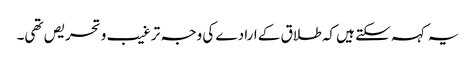
یہ کہہ سکتے ہیں کہ طلاق کے ارادے کی وجہ ترغیب و تحریص تھی۔